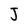
Character: J